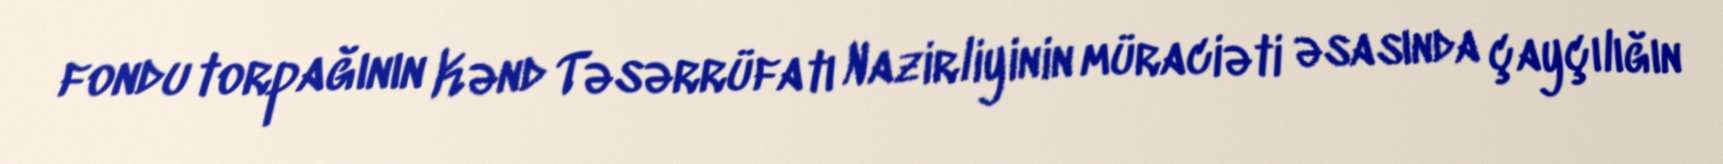
fondu torpağının Kənd Təsərrüfatı Nazirliyinin müraciəti əsasında çayçılığın